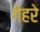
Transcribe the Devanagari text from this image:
गेहरे